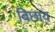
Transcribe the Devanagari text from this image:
बिछाय